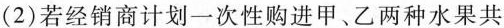
(2)若经销商计划一次性购进甲、乙两种水果共